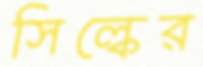
সিল্কের